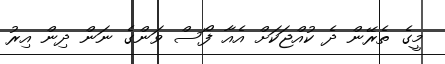
މީގެ ތެރޭން ދެ ކުއްޖަކަށް އެއާ ފޯސް ވަންގެ ނަން ދިން އިރު